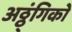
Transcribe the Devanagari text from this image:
अठ्ठ्ंगिको